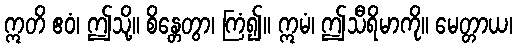
ဣတိ ဧဝံ၊ ဤသို့။ စိန္တေတွာ၊ ကြံ၍။ ဣမံ၊ ဤသီရိမာကို။ မေတ္တာယ၊